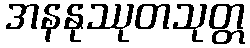
အနနုဿုတသုတ္တ